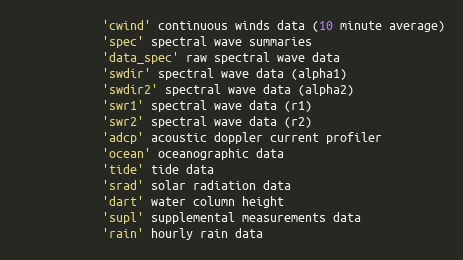
Language: Python
            'cwind' continuous winds data (10 minute average)
            'spec' spectral wave summaries
            'data_spec' raw spectral wave data
            'swdir' spectral wave data (alpha1)
            'swdir2' spectral wave data (alpha2)
            'swr1' spectral wave data (r1)
            'swr2' spectral wave data (r2)
            'adcp' acoustic doppler current profiler
            'ocean' oceanographic data
            'tide' tide data
            'srad' solar radiation data
            'dart' water column height
            'supl' supplemental measurements data
            'rain' hourly rain data